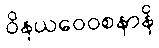
ဝိနယဝေဝစနာနိ